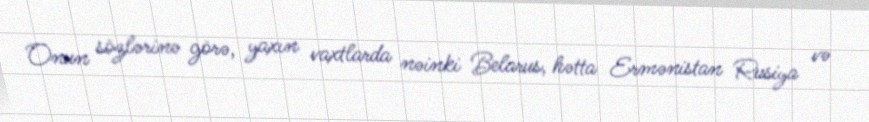
Onun sözlərinə görə, yaxın vaxtlarda nəinki Belarus, hətta Ermənistan Rusiya və